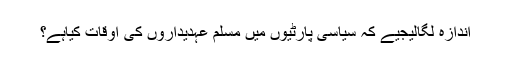
اندازہ لگالیجیے کہ سیاسی پارٹیوں میں مسلم عہدیداروں کی اوقات کیاہے؟